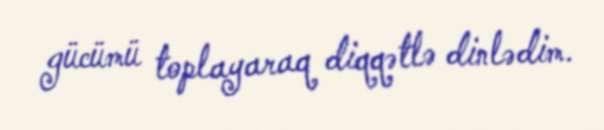
gücümü toplayaraq diqqətlə dinlədim.